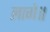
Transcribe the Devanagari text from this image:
लागे॥